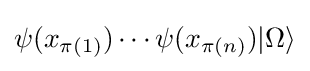
\psi (x_{\pi (1)})\cdots \psi (x_{\pi (n)})|\Omega \rangle